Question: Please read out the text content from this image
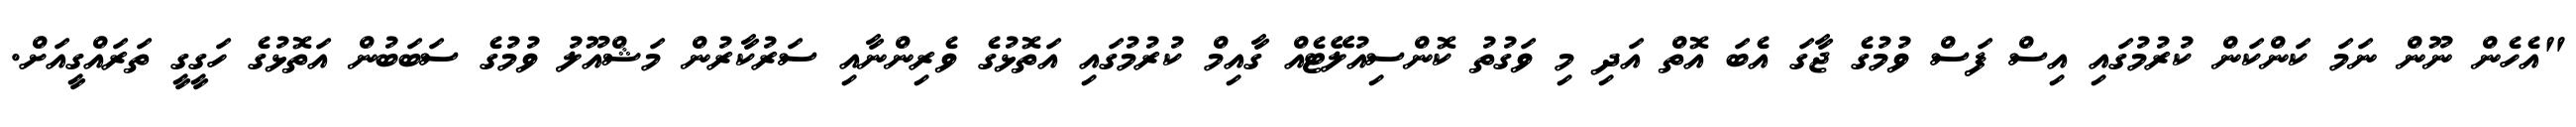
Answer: "އެހެން ނޫން ނަމަ ކަންކަން ކުރުމުގައި އިސް ފަސް ވުމުގެ ޖާގަ އެބަ އޮތް އަދި މި ވަގުތު ކޮންސިއުލޭޓެއް ގާއިމް ކުރުމުގައި އަތޮޅުގެ ވެރިންނާއި ސަރުކާރުން މަޝްއޫލު ވުމުގެ ސަބަބުން އަތޮޅުގެ ހަގީގީ ތަރައްގީއަށް.